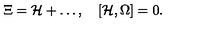
\Xi = { \cal H } + \ldots , \quad [ { \cal H } , \Omega ] = 0 .